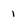
Character: 1